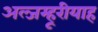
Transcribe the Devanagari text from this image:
अल्जम्हूरीयाह